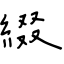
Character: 綴